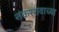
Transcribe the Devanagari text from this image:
शंकररावाच्या